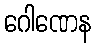
ဂေါဏေန